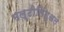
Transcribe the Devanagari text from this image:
मल्टीलिंगुअल